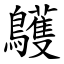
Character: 鸌